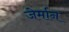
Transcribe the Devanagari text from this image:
जेर्मान